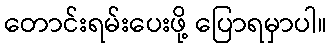
တောင်းရမ်းပေးဖို့ ပြောရမှာပါ။